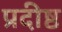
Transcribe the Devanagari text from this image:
प्रदीष्ठ